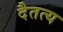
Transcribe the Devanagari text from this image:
दैतत्य